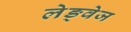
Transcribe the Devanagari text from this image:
लेङ्वेज